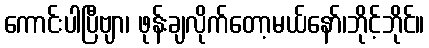
ကောင်းပါပြီဗျာ၊ ဖုန်းချလိုက်တော့မယ်နော်၊ဘိုင့်ဘိုင်။